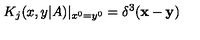
K _ { j } ( x , y | A ) | _ { x ^ { 0 } = y ^ { 0 } } = \delta ^ { 3 } ( { \bf x } - { \bf y } )